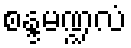
စန္ဒမဏ္ဍလံ